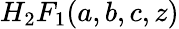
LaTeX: H_{2}F_{1}(a,b,c,z)